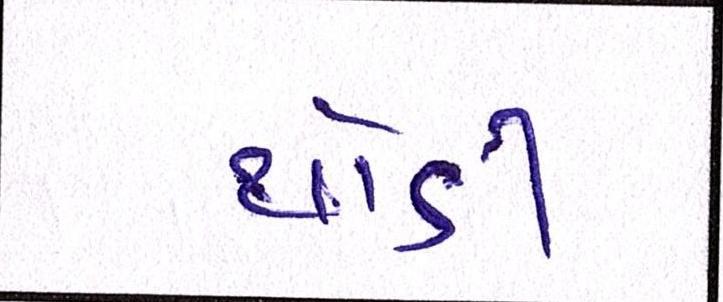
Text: થોડી